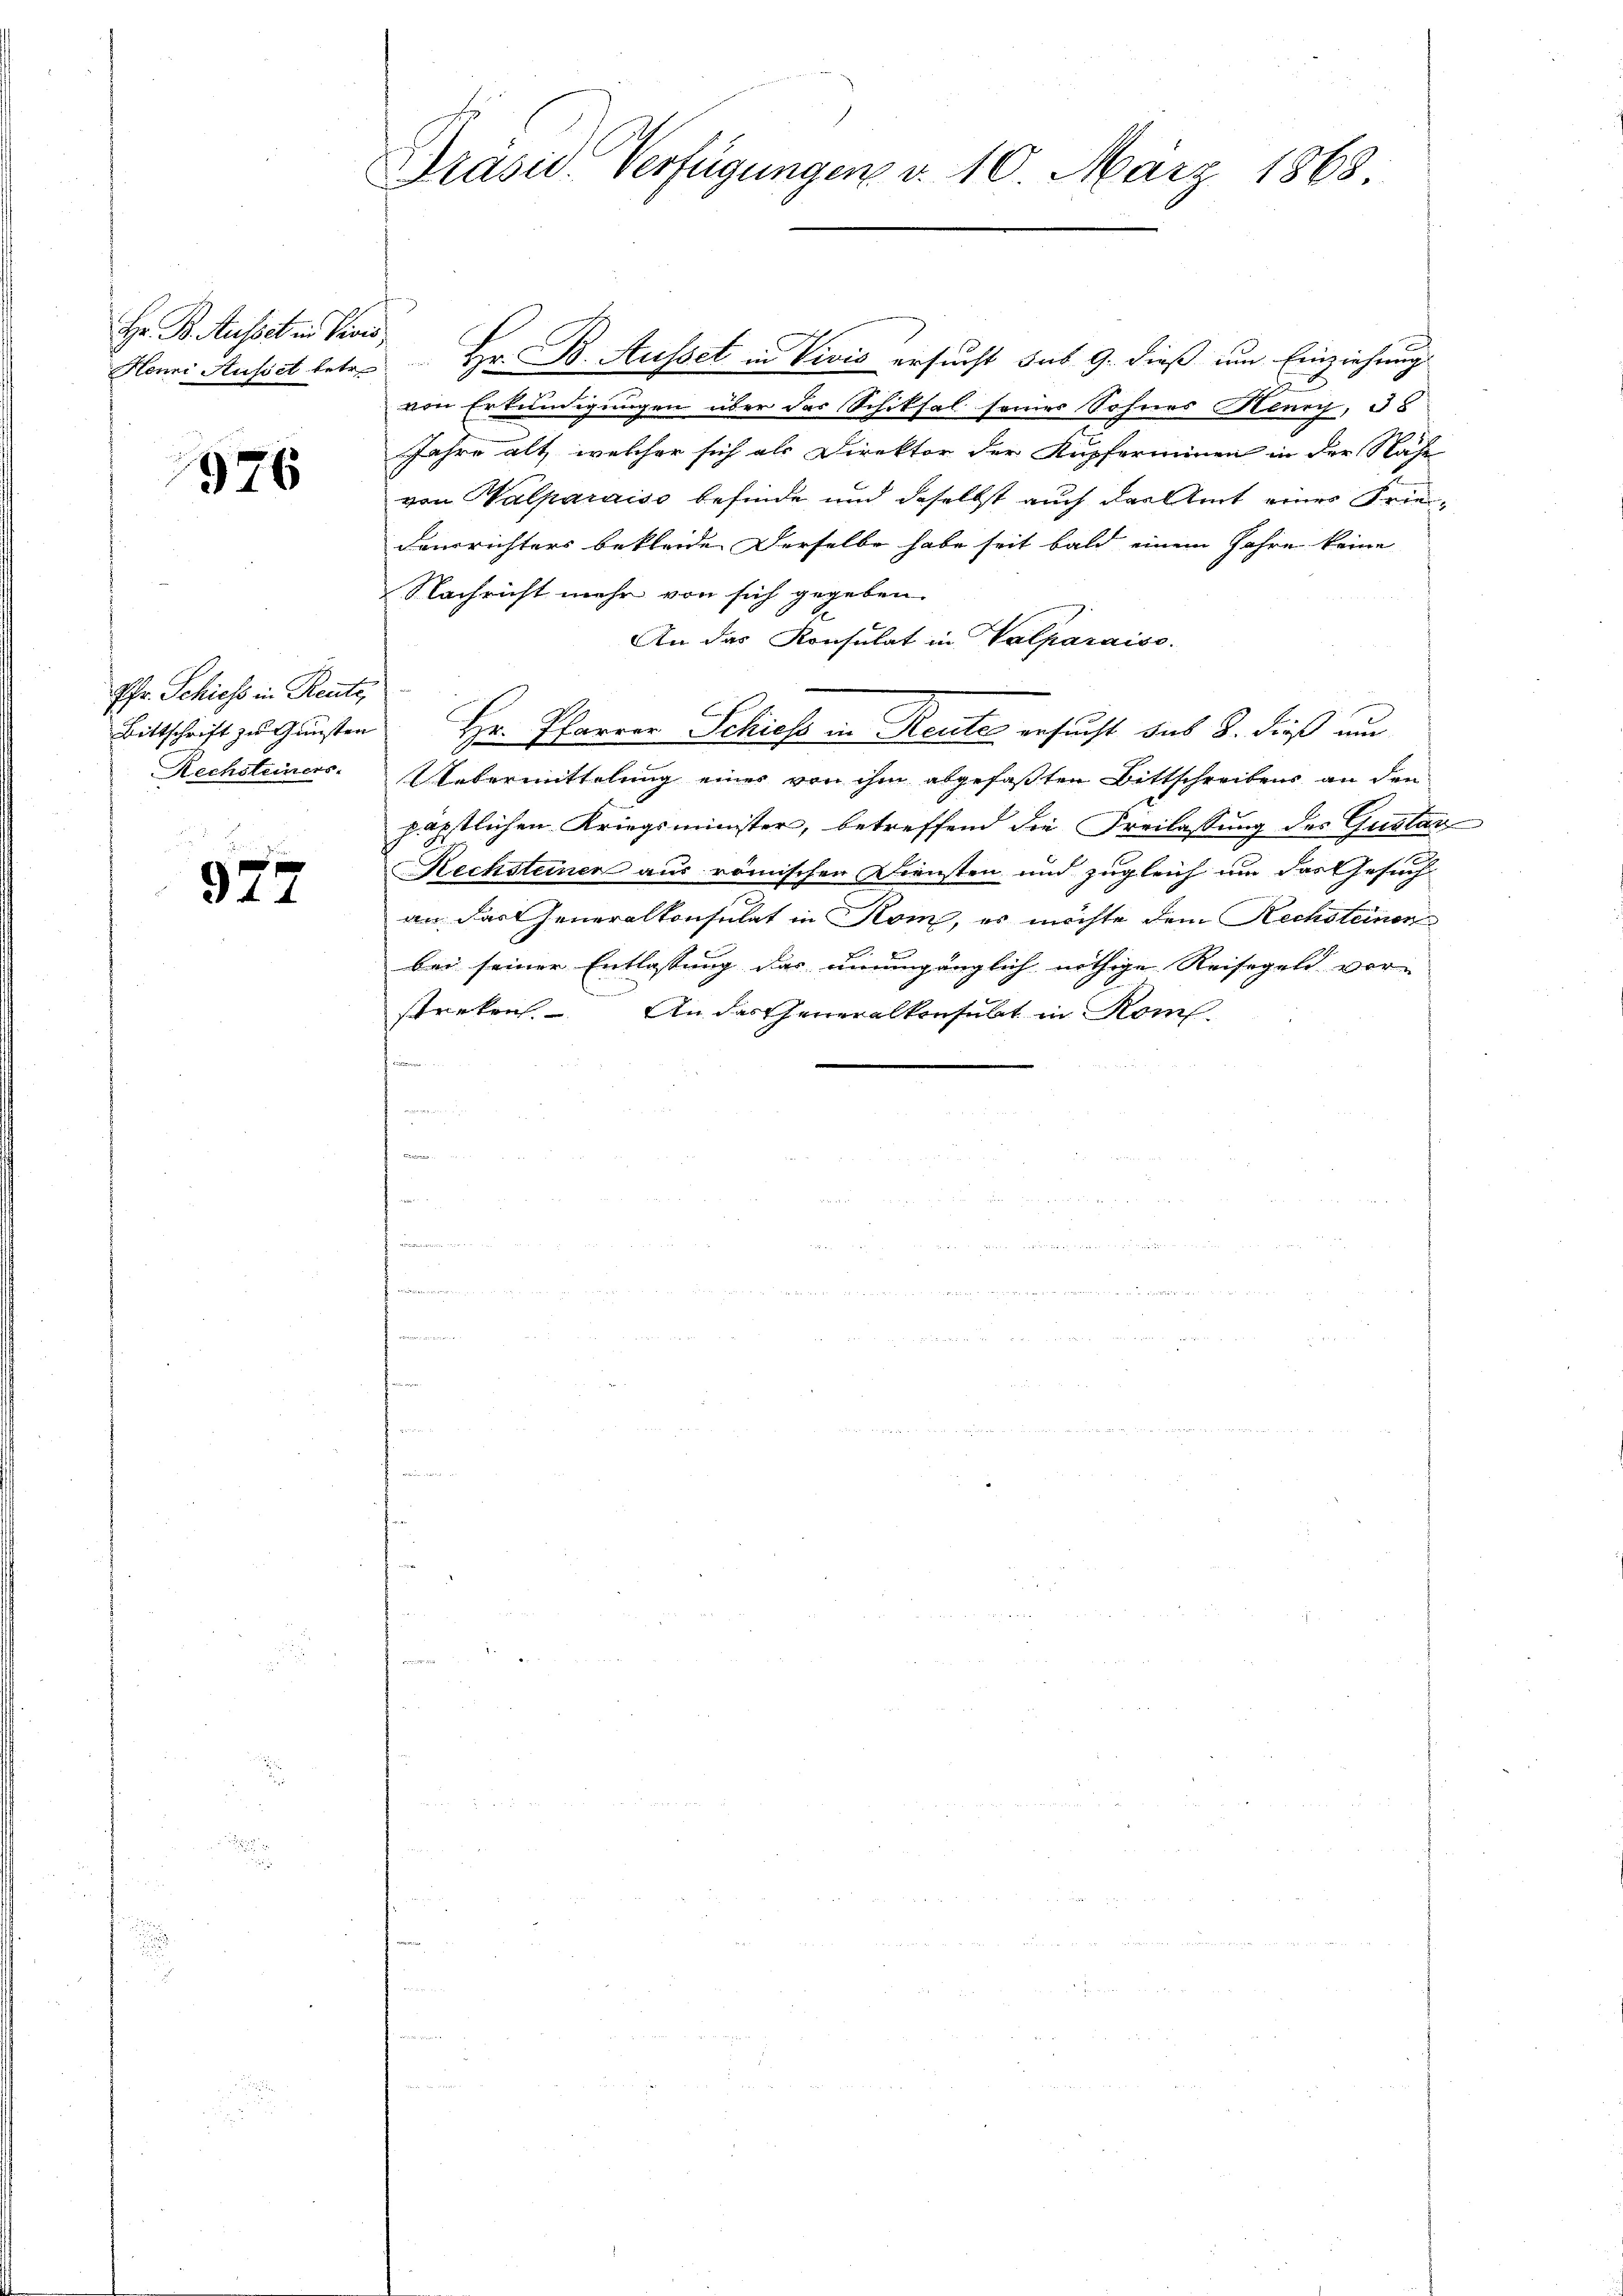
Hr. B. Ausset in Pivis,

976

Phr. Schiess in Rente,
Bittschrift zu Gunsten
Rechsteiners.

977

Präsid. Verfügungen v. 10. März 1863.

Hanni Ausset betres Hr. B. Ausset in Vivis ersucht sub 9. dieß um Einziehungs
a
von Erkundigungen über das Schiksal seiner Sohnes Henry, 38
Jahre alt, welcher sich als Direktor der Kupferminen in der Nähe
von Walparaiso befinde und daselbst auch das Amt einer Frie¬
Danrichters bekleide. Derselbe habe seit bald einem Jahre keine
Nachricht mehr von sich gegeben.
An das Konsulat in Valparaiso
Hr. Pfarrer Schiess in Reute ersucht das 8. dieß um
Uebermittelung einer von ihm abgefaßten Bittschreibens an den
päpstlichen Kriegsminister, betreffend die Freilassung des Gustav
Rechsteiner aus römischen Diensten und zugleich um das Gesuch
an. Das Generalkonsulat in Rom, es möchte dem Rechsteinen
bei seiner Entlassung das unumgänglich nöthige Reisegeld vor-
An das Generalkonsubt in Komstreken.
commen.